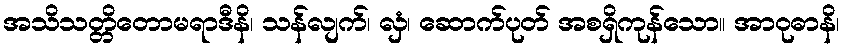
အသိသတ္တိတောမရာဒီနိ၊ သန်လျက်၊ လှံ၊ ဆောက်ပုတ် အစရှိကုန်သော။ အာဝုဓာနိ၊